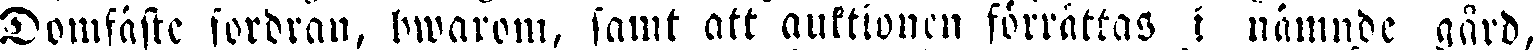
Domfäste fordran, hwarom, samt att auktionen förrättas i nämnde gård,